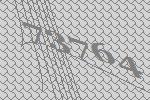
73764